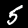
Digit: 5